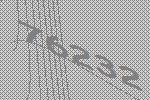
76232